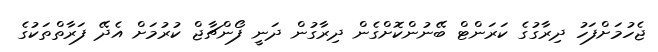
ޖެހުމަށްފަހު ދިރާގުގެ ކަރަންޓް ބޭނުންކޮށްގެން ދިރާގުން ދަނީ ފޯންޗާޖް ކުރުމަށް އެދޭ ފަރާތްތަކުގެ